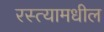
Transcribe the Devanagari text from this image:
रस्त्यामधील